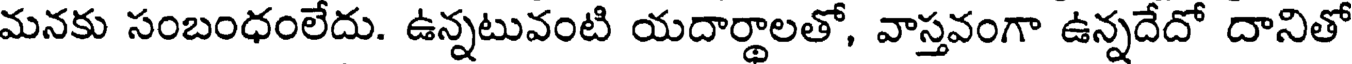
మనకు సంబంధంలేదు. ఉన్నటువంటి యదార్థాలతో, వాస్తవంగా ఉన్నదేదో దానితో